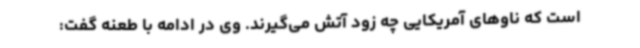
است که ناوهای آمریکایی چه زود آتش می‌گیرند. وی در ادامه با طعنه گفت: